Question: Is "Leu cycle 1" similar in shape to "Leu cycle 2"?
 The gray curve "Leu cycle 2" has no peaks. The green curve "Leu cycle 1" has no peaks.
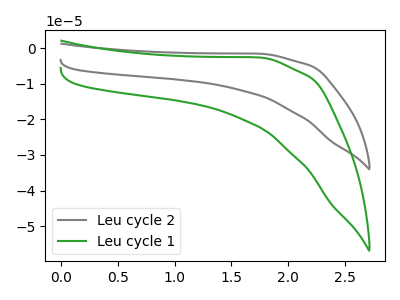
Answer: <think>Neither "Leu cycle 1" or "Leu cycle 2" have any peaks.
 </think>
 <answer>"Leu cycle 1" and "Leu cycle 2" are similar in shape.</answer>
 <eval>same_shape</eval>